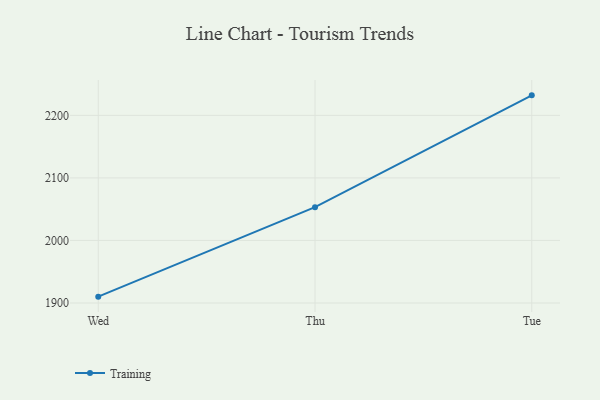
{"axis": {"x": "Day", "y": "Market Share (%)"}, "legend": ["Training"], "data": [{"x": "Wed", "y": 1910.1, "type": "Training"}, {"x": "Thu", "y": 2053.2, "type": "Training"}, {"x": "Tue", "y": 2232.0, "type": "Training"}]}